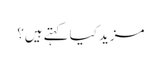
مزید کیا کہتے ہیں؟